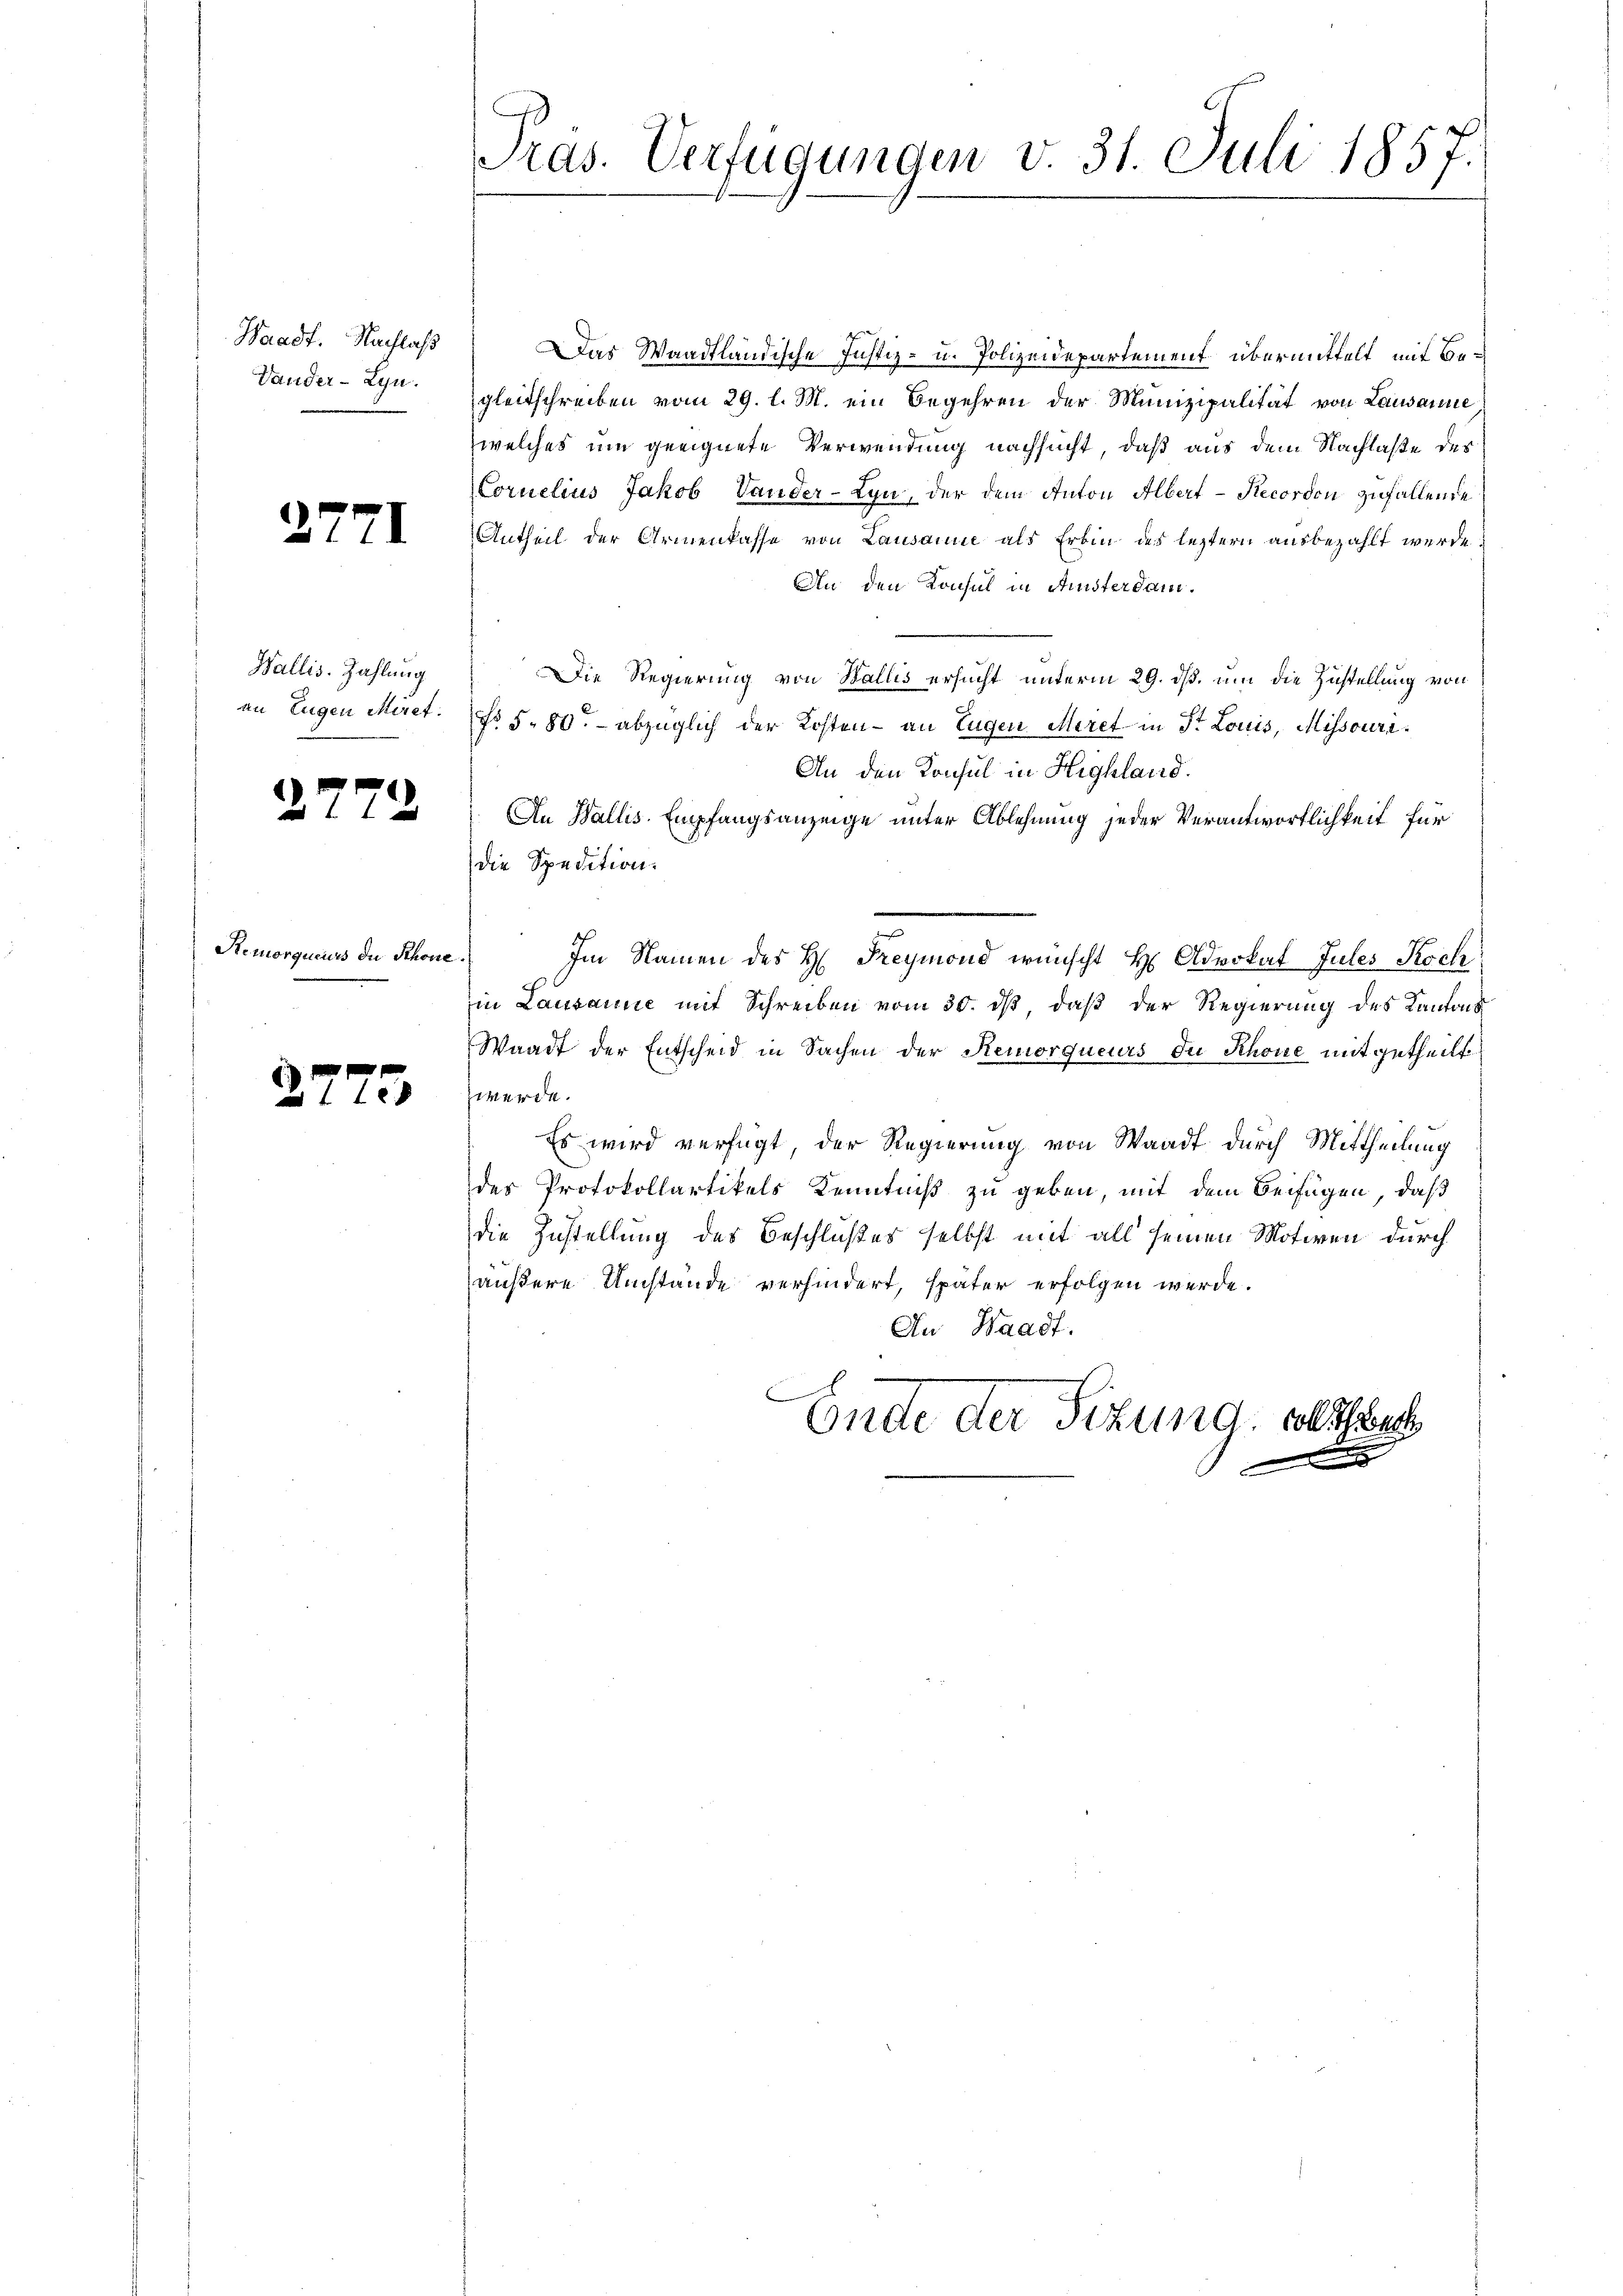
Waadt. Nachlaß
Vander-Lyn.

27

Wallis. Zahlung

27

Remorqueurs die Schöne

27

71

72

73.

Pras. Verfügungen v. 31. Juli 1857.

Das Waadtländische Justiz- u. Polizeidepartement übermittelt, mit Begleitschreiben vom 29. l. M. ein Begehren der Munizipalität von Lausanne
welches um geeignete Verwendung nachsucht, daß aus dem Nachlaße der
Cornelius Jakob Vander-Lyn, der dem Anton Albert - Recordon zufallende
Antheil der Armenkasse von Lausanne als Erbin des leztern ausbezahlt werde.
An den Konsul in Ansterdam.
Die Regierung von Wallis ersucht unterm 29. ds. um die Zustellung von
an Eugen Miret: No 5. 80. - abzüglich der Kosten - an Eugen Meret in St. Louis, Missouri¬
An den Konsul in Highland.
An Wallis. Empfangsanzeige unter Ablehnung jeder Verantwortlichkeit für
die Spedition.
Im Namen des H. Freymond wünscht H. Advokat Jules Koch
in Lausanne mit Schreiben vom 30. ds, daß der Regierung des Kantons
Waadt der Entscheid in Sachen der Remorqueurs du Rhone mitgetheilt
werde.
Es wird verfügt, der Regierung von Waadt durch Mittheilung
des Protokollartikels Kenntniß zu geben, mit dem Beifügen, daß
die Zustellung des Beschlußes selbst mit all seinen Motiven durch
äußere Umstände verhindert, später erfolgen werde.
An Waadt.
f
Ende der Sitzung, sollstrech
x